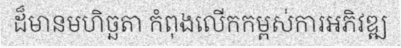
ដ៏មានមហិច្ឆតា កំពុងលើកកម្ពស់ការអភិវឌ្ឍ